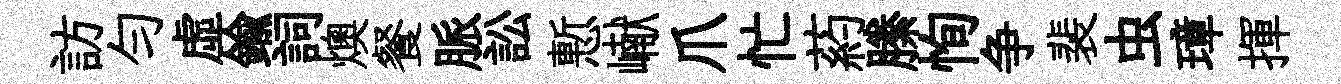
訪勻虛鍮詞燠餐脈訟慙𪩘爪忙葯縢恂争裴虫璋揮